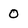
Character: 0